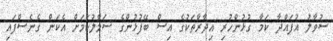
ސުވާލު އުފައްދާ ކަމާ ގުޅުންހުރި އިދާރާތަކުގެ އިސް ބޭފުޅުންގެ ސަމާލުކަމަށް އެކަން ގެނެސްފައި